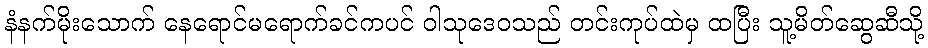
နံနက်မိုးသောက် နေရောင်မရောက်ခင်ကပင် ဝါသုဒေဝသည် တင်းကုပ်ထဲမှ ထပြီး သူ့မိတ်ဆွေဆီသို့